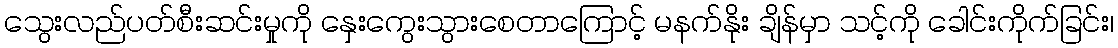
သွေးလည်ပတ်စီးဆင်းမှုကို နှေးကွေးသွားစေတာကြောင့် မနက်နိုး ချိန်မှာ သင့်ကို ခေါင်းကိုက်ခြင်း၊